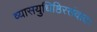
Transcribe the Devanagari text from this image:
व्यासयुधिष्ठिरसंवादः